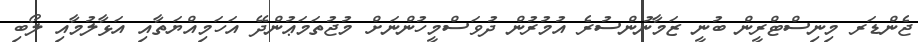
ޖެންޑަރ މިނިސްޓްރީން ބުނީ ޒަމާނުންސުރެ އުމުރުން ދުވަސްމީހުންނަށް މުޖުތަމަޢުންދޭ އަހަމިއްޔަތާއި އަޅާލުމާއި ލޯބި